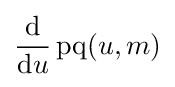
{\frac {\mathrm {d} }{\mathrm {d} u}}\operatorname {pq} (u,m)